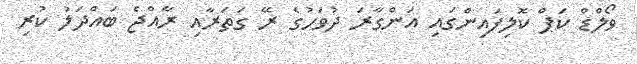
ވޯލްޑް ކަޕް ކޮލިފައިންގައި އަންގާރަ ދުވަހުގެ ރޭ ގަތަރާއި ރާއްޖެ ބައްދަލު ކުރި